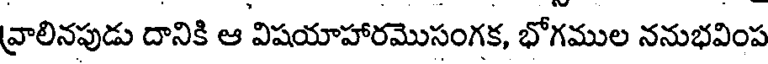
వ్రాలినపుడు దానికి ఆ విషయాహారమొసంగక, భోగముల ననుభవింప